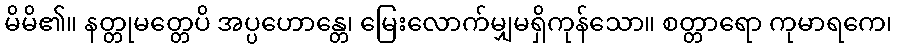
မိမိ၏။ နတ္တုမတ္တေပိ အပ္ပဟောန္တေ၊ မြေးလောက်မျှမရှိကုန်သော။ စတ္တာရော ကုမာရကေ၊